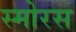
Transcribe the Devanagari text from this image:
स्मोरस